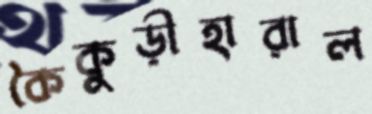
কৈকুড়ীহারাল